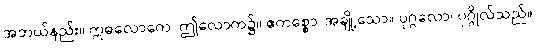
အဘယ်နည်း။ ဣဓလောကေ၊ ဤလောက၌။ ဧကစ္စော၊ အချို့သော။ ပုဂ္ဂလော၊ ပုဂ္ဂိုလ်သည်။